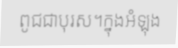
ពូជជាបុរស។ក្នុងអំឡុង